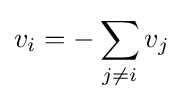
v_{i}=-\sum _{j\neq i}v_{j}